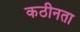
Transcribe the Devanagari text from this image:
कठीनता